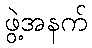
ဖွဲ့အနက်